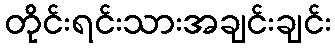
တိုင်းရင်းသားအချင်းချင်း